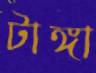
টাঙ্গা